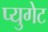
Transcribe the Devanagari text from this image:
प्युगेट